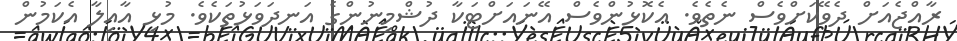
ރާއްޖެއަށް ދެވޭކަށްވެސް ނެތެވެ. އެކޮޅުންވެސް އޭނައަށްޓަކާ ދުޝްމިނުންގެ އަނދަވަޅުތަކެވެ. މުޅި އާއިލާ އެކަމުން